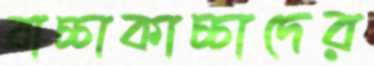
বাচ্চাকাচ্চাদের